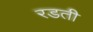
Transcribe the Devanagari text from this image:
रडती